Indian journal of veterinary science and animal husbandry - Volumes 18-21, 1948-1951
Year: 1948
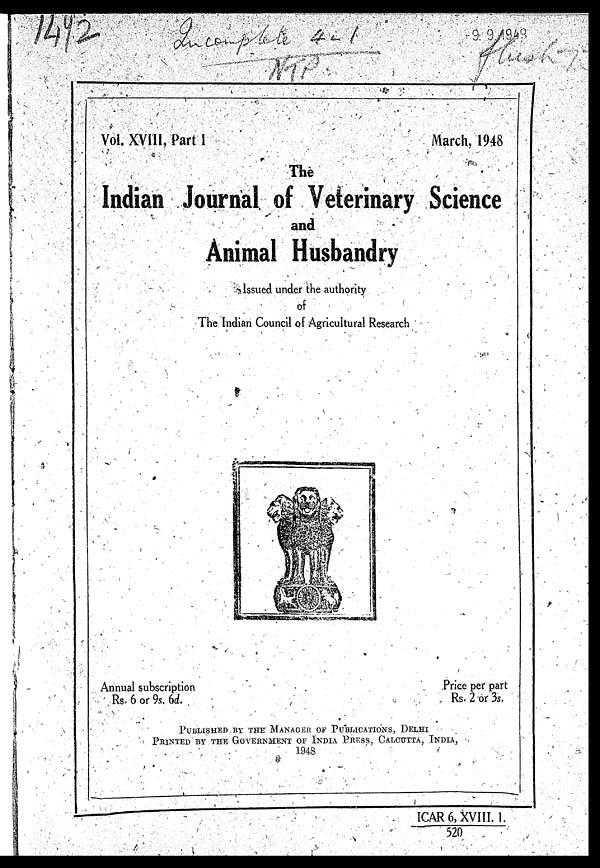
Vol. XVIII, Part
I
March, 1948
The
Indian Journal of Veterinary Science
and
Animal Husbandry
Issued under the authority
of
The Indian Council of Agricultural Research
Annual subscription
Rs. 6 or 9s. 6d.
Price per part
Rs. 2 or 3s.
PUBLISHED BY THE MANAGER OF PUBLICATIONS, DELHI
PRINTED BY THE GOVERNMENT OF INDIA PRESS, CALCUTTA, INDIA,
1948
1CAR 6, XVIII. 1./520